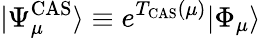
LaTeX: |\Psi_{\mu}^{\mathrm{CAS}}\rangle\equiv e^{T_{\mathrm{CAS}}(\mu)}|\Phi_{\mu}\rangle